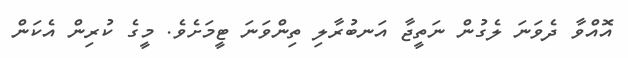
އޮއްވާ ދެވަނަ ލެގުން ނަތީޖާ އަނބުރާލި ތިންވަނަ ޓީމަށެވެ. މީގެ ކުރިން އެކަން